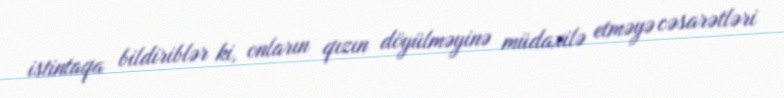
istintaqa bildiriblər ki, onların qızın döyülməyinə müdaxilə etməyə cəsarətləri